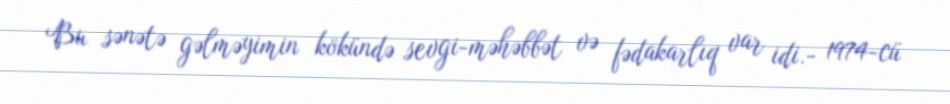
Bu sənətə gəlməyimin kökündə sevgi-məhəbbət və fədakarlıq var idi.- 1974-cü